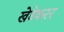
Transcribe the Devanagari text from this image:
खेडेकरर